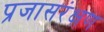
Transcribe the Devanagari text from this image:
प्रजासरंक्षण